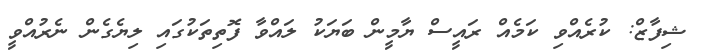
ޝިފާޒް: ކުރެއްވި ކަމެއް ރައީސް ޔާމީން ބަޔަކު ލައްވާ ފޮތިތަކުގައި ލިޔެގެން ނެރުއްވީ